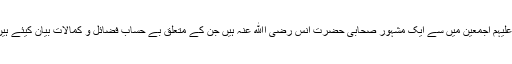
چنانچہ ایسے صحابہ کرام رضوان اﷲ تعالیٰ علیہم اجمعین میں سے ایک مشہور صحابی حضرت انس رضی اﷲ عنہ ہیں جن کے متعلق بے حساب فضائل و کمالات بیان کیئے ہیں مگر یہاں اختصار کے ساتھ لکھا جارہا ہے۔